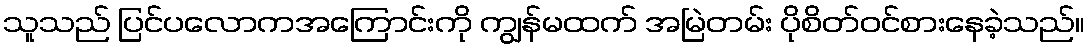
သူသည် ပြင်ပလောကအကြောင်းကို ကျွန်မထက် အမြဲတမ်း ပိုစိတ်ဝင်စားနေခဲ့သည်။